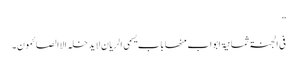
”
فی الجنۃ ثمانیۃ ابواب منھا باب یسمی الریان لایدخلہ الاالصائمون۔